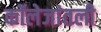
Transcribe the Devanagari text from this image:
कॉलेजांतली